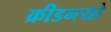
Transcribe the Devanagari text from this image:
क्रीडन्त्यो